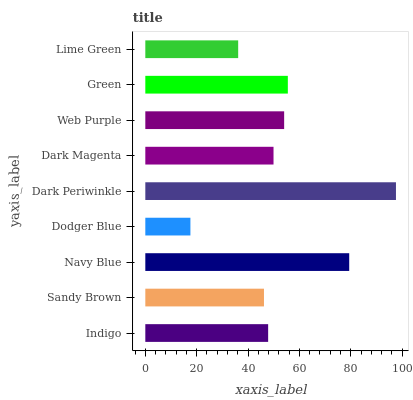
| yaxis_label | bars |
 | --- | --- |
 | Indigo | 47.8 |
 | Sandy Brown | 46.2 |
 | Navy Blue | 79.4 |
 | Dodger Blue | 17.6 |
 | Dark Periwinkle | 97.6 |
 | Dark Magenta | 49.9 |
 | Web Purple | 54.1 |
 | Green | 55.5 |
 | Lime Green | 36.2 |